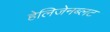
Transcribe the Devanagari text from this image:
हेलिजेनब्लट